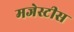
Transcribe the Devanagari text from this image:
मजेस्टीस